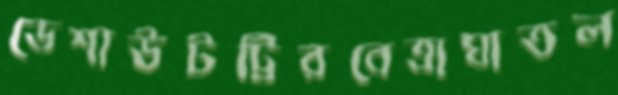
ডেশাউটট্টিরবেত্রাঘাতল